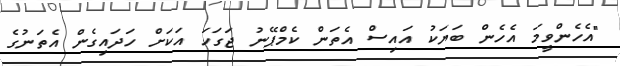
"އެހެންވީމަ އެހެން ބަޔަކު އައިސް އެތަން ކެމްޕޭނު ޖަގަހަ އަކަށް ހަދައިގެން އެތަނުގެ